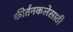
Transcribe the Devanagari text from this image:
कीर्तनकलेसाठी